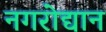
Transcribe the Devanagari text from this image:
नगरोद्यान